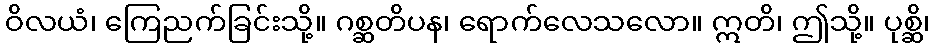
ဝိလယံ၊ ကြေညက်ခြင်းသို့။ ဂစ္ဆတိပန၊ ရောက်လေသလော။ ဣတိ၊ ဤသို့။ ပုစ္ဆိ၊